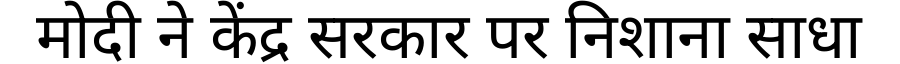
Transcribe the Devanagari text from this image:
मोदी ने केंद्र सरकार पर निशाना साधा